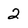
Character: 2